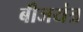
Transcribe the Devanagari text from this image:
बीजयंत्र